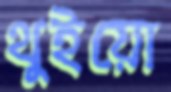
থুইয়ো